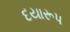
દયારૂપ